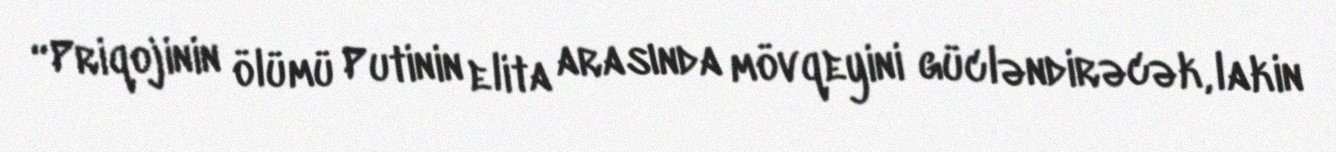
“Priqojinin ölümü Putinin elita arasında mövqeyini gücləndirəcək, lakin